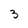
Character: 3